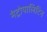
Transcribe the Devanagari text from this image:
मेट्रोपालिटिन